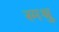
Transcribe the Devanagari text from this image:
स्मश्रु